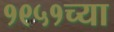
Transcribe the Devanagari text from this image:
१९५१च्या